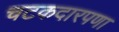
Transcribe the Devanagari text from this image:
चटकदारपणा